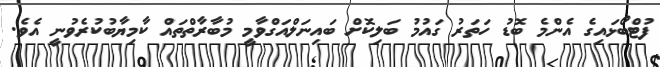
ފުޓްބޯޅައިގެ އެންމެ ބޮޑު ހަތަރު ގައުމު ބަލިކޮށް ބައިނަލްއަގްވާމީ މުބާރާތްތައް ކާމިޔާބުކުރެވުނީ އެވެ.